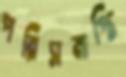
পরিসমাপ্তি